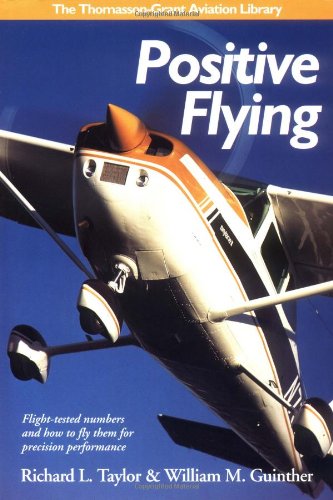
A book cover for Positive Flying: Flight-tested Numbers and How to Fly Them for Precision Performance (General Aviation Reading series); Richard L. Taylor; Sports & Outdoors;